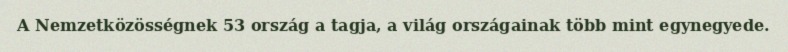
A Nemzetközösségnek 53 ország a tagja, a világ országainak több mint egynegyede.